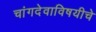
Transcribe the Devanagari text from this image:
चांगदेवाविषयीचे